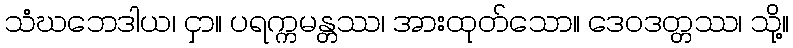
သံဃဘေဒါယ၊ ငှာ။ ပရက္ကမန္တဿ၊ အားထုတ်သော။ ဒေဝဒတ္တဿ၊ သို့။